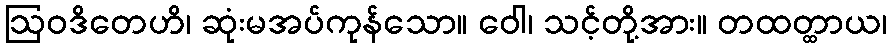
ဩဝဒိတေဟိ၊ ဆုံးမအပ်ကုန်သော။ ဝေါ၊ သင့်တို့အား။ တထတ္ထာယ၊